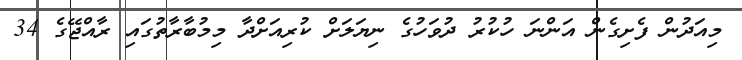
މިއަދުން ފެށިގެން އަންނަ ހުކުރު ދުވަހުގެ ނިޔަލަށް ކުރިއަށްދާ މިމުބާރާތުގައި ރާއްޖޭގެ 34